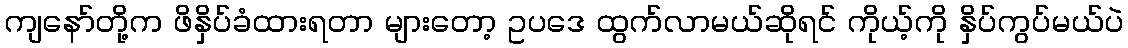
ကျနော်တို့က ဖိနှိပ်ခံထားရတာ များတော့ ဥပဒေ ထွက်လာမယ်ဆိုရင် ကိုယ့်ကို နှိပ်ကွပ်မယ်ပဲ